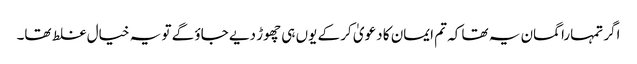
اگر تمہارا گمان یہ تھا کہ تم ایمان کا دعویٰ کر کے یوں ہی چھوڑ دیے جاؤ گے تو یہ خیال غلط تھا۔